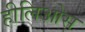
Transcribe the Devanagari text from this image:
हीलिओस